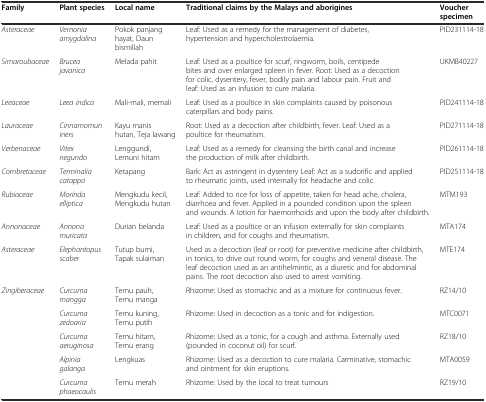
<table><thead><tr><td><b>Family</b></td><td><b>Plant species</b></td><td><b>Local name</b></td><td><b>Traditional claims by the Malays and aborigines</b></td><td><b>Voucher specimen</b></td></tr></thead><tbody><tr><td><i>Asteraceae</i></td><td><i>Vernonia amygdalina</i></td><td>Pokok panjang hayat, Daun bismillah</td><td>Leaf: Used as a remedy for the management of diabetes, hypertension and hypercholestrolaemia.</td><td>PID231114-18</td></tr><tr><td><i>Simaroubaceae</i></td><td><i>Brucea javanica</i></td><td>Melada pahit</td><td>Leaf: Used as a poultice for scurf, ringworm, boils, centipede bites and over enlarged spleen in fever. Root: Used as a decoction for colic, dysentery, fever, bodily pain and labour pain. Fruit and leaf: Used as an infusion to cure malaria.</td><td>UKMB40227</td></tr><tr><td><i>Leeaceae</i></td><td><i>Leea indica</i></td><td>Mali-mali, memali</td><td>Leaf: Used as a poultice in skin complaints caused by poisonous caterpillars and body pains.</td><td>PID241114-18</td></tr><tr><td><i>Lauraceae</i></td><td><i>Cinnamomun iners</i></td><td>Kayu manis hutan, Teja lawang</td><td>Root: Used as a decoction after childbirth, fever. Leaf: Used as a poultice for rheumatism.</td><td>PID271114-18</td></tr><tr><td><i>Verbenaceae</i></td><td><i>Vitex negundo</i></td><td>Lenggundi, Lemuni hitam</td><td>Leaf: Used as a remedy for cleansing the birth canal and increase the production of milk after childbirth.</td><td>PID261114-18</td></tr><tr><td><i>Combretaceae</i></td><td><i>Terminalia catappa</i></td><td>Ketapang</td><td>Bark: Act as astringent in dysentery Leaf: Act as a sudorific and applied to rheumatic joints, used internally for headache and colic.</td><td>PID251114-18</td></tr><tr><td><i>Rubiaceae</i></td><td><i>Morinda elliptica</i></td><td>Mengkudu kecil, Mengkudu hutan</td><td>Leaf: Added to rice for loss of appetite, taken for head ache, cholera, diarrhoea and fever. Applied in a pounded condition upon the spleen and wounds. A lotion for haemorrhoids and upon the body after childbirth.</td><td>MTM193</td></tr><tr><td><i>Annonaceae</i></td><td><i>Annona muricata</i></td><td>Durian belanda</td><td>Leaf: Used as a poultice or an infusion externally for skin complaints in children, and for coughs and rheumatism.</td><td>MTA174</td></tr><tr><td><i>Asteraceae</i></td><td><i>Elephantopus scaber</i></td><td>Tutup bumi, Tapak sulaiman</td><td>Used as a decoction (leaf or root) for preventive medicine after childbirth, in tonics, to drive out round worm, for coughs and veneral disease. The leaf decoction used as an antihelmintic, as a diuretic and for abdominal pains. The root decoction also used to arrest vomiting.</td><td>MTE174</td></tr><tr><td><i>Zingiberaceae</i></td><td><i>Curcuma mangga</i></td><td>Temu pauh, Temu manga</td><td>Rhizome: Used as stomachic and as a mixture for continuous fever.</td><td>RZ14/10</td></tr><tr><td></td><td><i>Curcuma zedoaria</i></td><td>Temu kuning, Temu putih</td><td>Rhizome: Used in decoction as a tonic and for indigestion.</td><td>MTC0071</td></tr><tr><td></td><td><i>Curcuma aeruginosa</i></td><td>Temu hitam, Temu erang</td><td>Rhizome: Used as a tonic, for a cough and asthma. Externally used (pounded in coconut oil) for scurf.</td><td>RZ18/10</td></tr><tr><td></td><td><i>Alpinia galanga</i></td><td>Lengkuas</td><td>Rhizome: Used as a decoction to cure malaria. Carminative, stomachic and ointment for skin eruptions.</td><td>MTA0059</td></tr><tr><td></td><td><i>Curcuma phaeocaulis</i></td><td>Temu merah</td><td>Rhizome: Used by the local to treat tumours</td><td>RZ19/10</td></tr></tbody></table>